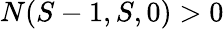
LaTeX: N(S-1,S,0)>0